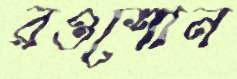
রওশোন